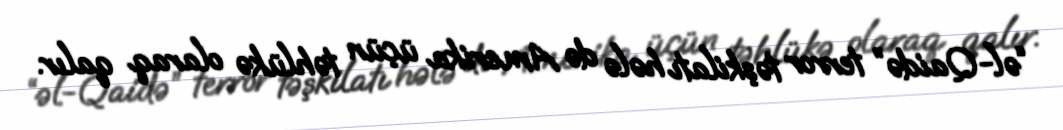
“əl-Qaidə” terror təşkilatı hələ də Amerika üçün təhlükə olaraq qalır.